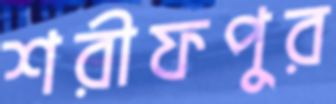
শরীফপুর